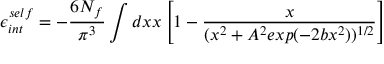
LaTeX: \epsilon _ { i n t } ^ { s e l f } = - \frac { 6 N _ { f } } { \pi ^ { 3 } } \int d x x \left[ 1 - \frac { x } { ( x ^ { 2 } + A ^ { 2 } e x p ( - 2 b x ^ { 2 } ) ) ^ { 1 / 2 } } \right]